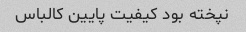
نپخته بود کیفیت پایین کالباس